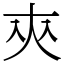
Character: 㚒